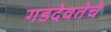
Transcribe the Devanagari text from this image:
गडदेवतेचे